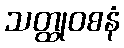
သတ္ထုဝစနံ